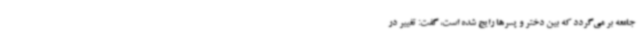
جامعه بر می‌گردد که بین دختر و پسرها رایج شده است، گفت: تغییر در